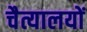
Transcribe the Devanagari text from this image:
चैत्यालयों